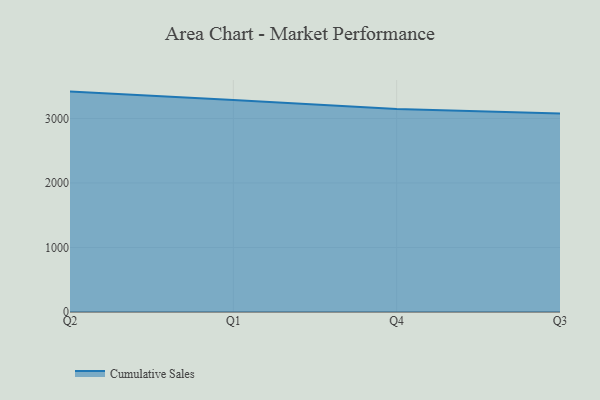
{"axis": {"x": "Quarter", "y": "Operating Costs (USD K)"}, "legend": ["Cumulative Sales"], "data": [{"x": "Q2", "y": 3416.8, "type": "Cumulative Sales"}, {"x": "Q1", "y": 3288.5, "type": "Cumulative Sales"}, {"x": "Q4", "y": 3148.1, "type": "Cumulative Sales"}, {"x": "Q3", "y": 3076.4, "type": "Cumulative Sales"}]}